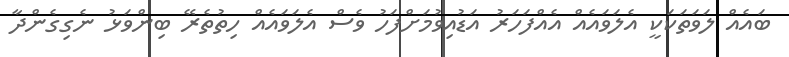
ބައެއް ލަވަތަކަކީ އެލަވައެއް އެއްފަހަރު އަޑުއިވުމަށްފަހު ވެސް އެލަވައެއް ހިތުތެރޭ ބިންވަޅު ނެގިގެންދާ